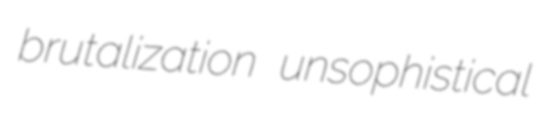
brutalization unsophistical